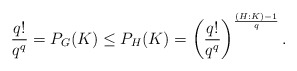
\begin{align*}\frac{q!}{q^q} = P_G(K) \leq P_H(K) = \left( \frac{q!}{q^q}\right)^{\frac{(H:K)-1}{q}}.\end{align*}